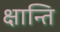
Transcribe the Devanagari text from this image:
क्षान्ति